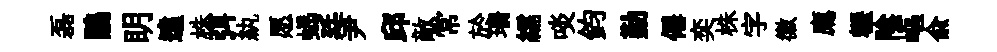
磊鵑眀遠株弭紈愿蝎廷尹邱敵常於珊繻啖鈞勤僊奕株字徽廌轣陰嶇俞